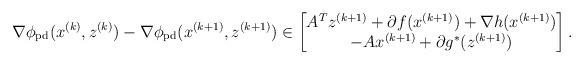
LaTeX: \begin{align*} \nabla \phi_\mathrm{pd}(x^{(k)},z^{(k)}) -\nabla \phi_\mathrm{pd}(x^{(k+1)},z^{(k+1)})\in \begin{bmatrix} A^T z^{(k+1)} + \partial f(x^{(k+1)})+\nabla h(x^{(k+1)}) \\ -A x^{(k+1)} + \partial g^\ast(z^{(k+1)}) \end{bmatrix}.\end{align*}